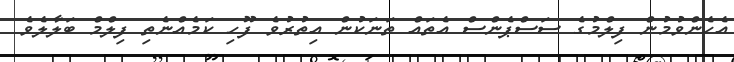
އެހެންވުމުން ފިލްމުގެ ސަސްޕެންސް އެތައް ތަނަކުން އިތުރުވެ ފޫހި ކަމެއްނެތި ފިލްމް ބަލާލެވެ